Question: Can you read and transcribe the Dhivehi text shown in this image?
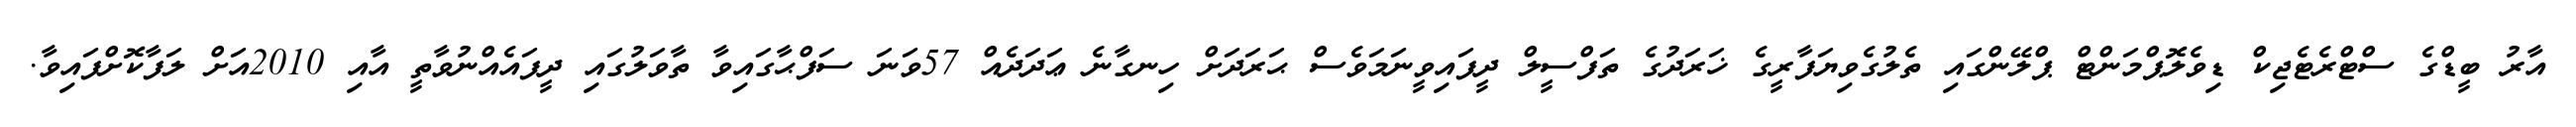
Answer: އާރު ބީޑްގެ ސްޓްރެޓެޖިކް ޑިވެލޮޕްމަންޓް ޕްލޭންގައި ތެލުގެވިޔަފާރީގެ ޚަރަދުގެ ތަފްސީލް ދީފައިވީނަމަވެސް ޙަރަދަށް ހިނގާނެ ޢަދަދެއް 57ވަނަ ސަފްޙާގައިވާ ތާވަލުގައި ދީފައެއްނުވާތީ އާއި 2010އަށް ލަފާކޮށްފައިވާ.